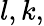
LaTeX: l,k,